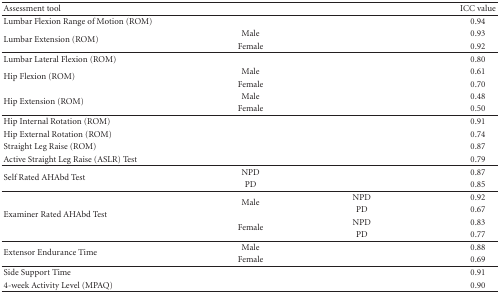
| Assessment tool |  |  | ICC value |
 | --- | --- | --- | --- |
 | Lumbar Flexion Range of Motion (ROM) |  |  | 0.94 |
 | <ROWSPAN=2> Lumbar Extension (ROM) | Male |  | 0.93 |
 | Female |  | 0.92 |
 | Lumbar Lateral Flexion (ROM) |  |  | 0.80 |
 | <ROWSPAN=2> Hip Flexion (ROM) | Male |  | 0.61 |
 | Female |  | 0.70 |
 | <ROWSPAN=2> Hip Extension (ROM) | Male |  | 0.48 |
 | Female |  | 0.50 |
 | Hip Internal Rotation (ROM) |  |  | 0.91 |
 | Hip External Rotation (ROM) |  |  | 0.74 |
 | Straight Leg Raise (ROM) |  |  | 0.87 |
 | Active Straight Leg Raise (ASLR) Test |  |  | 0.79 |
 | <ROWSPAN=2> Self Rated AHAbd Test | NPD |  | 0.87 |
 | PD |  | 0.85 |
 | <ROWSPAN=4> Examiner Rated AHAbd Test | <ROWSPAN=2> Male | NPD | 0.92 |
 | PD | 0.67 |
 | <ROWSPAN=2> Female | NPD | 0.83 |
 | PD | 0.77 |
 | <ROWSPAN=2> Extensor Endurance Time | Male |  | 0.88 |
 | Female |  | 0.69 |
 | Side Support Time |  |  | 0.91 |
 | 4-week Activity Level (MPAQ) |  |  | 0.90 |